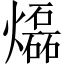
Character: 𤑭